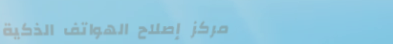
مركز إصلاح الهواتف الذكية